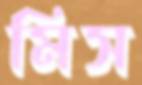
মিস